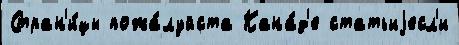
Стран'и́цы пожа́луйста Кана́д'е статьиjесл'и